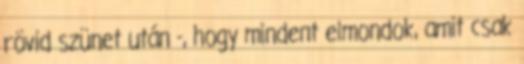
rövid szünet után -, hogy mindent elmondok, amit csak